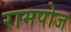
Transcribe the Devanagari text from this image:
रामपोज